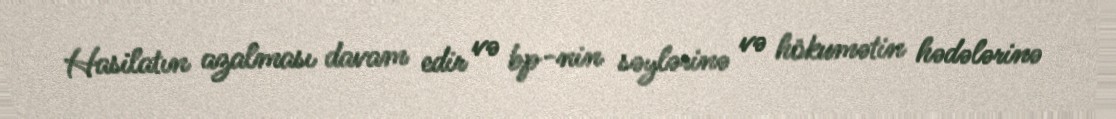
Hasilatın azalması davam edir və bp-nin səylərinə və hökumətin hədələrinə